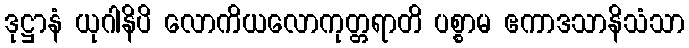
ဒုဋ္ဌာနံ ယုဂါနိပိ လောကိယလောကုတ္တရာတိ ပစ္စာမ ဧကာဒသာနိသံသာ